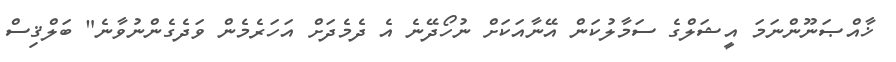
ޚާއްޞަނޫންނަމަ އީޝަލްގެ ސަމާލުކަން އޭނާއަކަށް ނުހޯދޭނެ އެ ދެމެދަށް އަހަރެމެން ވަދެގެންނުވާނެ" ބަލްޤިސް